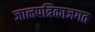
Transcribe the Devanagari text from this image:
जालपत्रिकाजगत